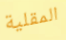
المقلية